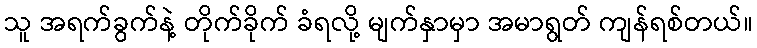
သူ အရက်ခွက်နဲ့ တိုက်ခိုက် ခံရလို့ မျက်နှာမှာ အမာရွတ် ကျန်ရစ်တယ်။